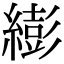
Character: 𦅈